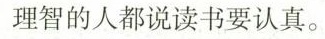
理智的人都说读书要认真。